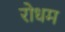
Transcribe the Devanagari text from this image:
रोधम